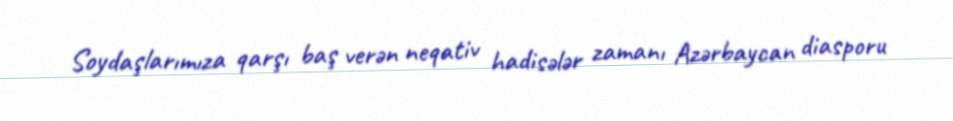
Soydaşlarımıza qarşı baş verən neqativ hadisələr zamanı Azərbaycan diasporu